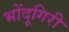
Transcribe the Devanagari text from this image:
भोंदूगिरी